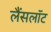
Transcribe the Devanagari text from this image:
लैंसलॉट